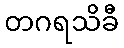
တဂရသိခီ